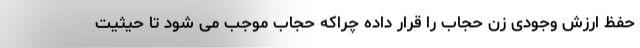
حفظ ارزش وجودی زن حجاب را قرار داده چراکه حجاب موجب می شود تا حیثیت